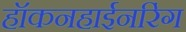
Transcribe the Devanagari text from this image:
हॉकनहाईनरिंग